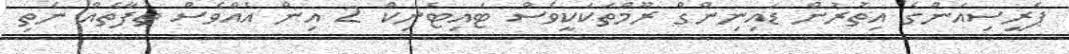
ޕެރީސިއަންގެ އިތުރުން ޑައިނިންގް ރޫމްތަކަކީވެސް ޓައިޓެނިކް 2 އިން އެއްވެސް ތަފާތެއް ނެތި